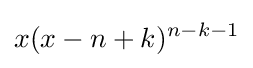
x(x-n+k)^{n-k-1}